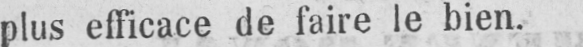
plus efficace de faire le bien.